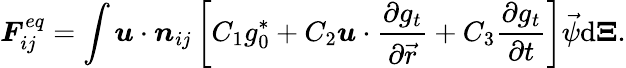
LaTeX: \boldsymbol{F}_{ij}^{eq}=\int\boldsymbol{u}\cdot\boldsymbol{n}_{ij}\left[C_{1}g_{0}^{\ast}+C_{2}\boldsymbol{u}\cdot\frac{\partial g_{t}}{\partial\vec{r}}+C_{3}\frac{\partial g_{t}}{\partial t}\right]{\vec{\psi}}\mathrm{d}\boldsymbol{\Xi}.